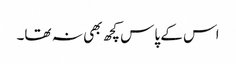
اس کے پاس کچھ بھی نہ تھا۔